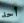
أحد